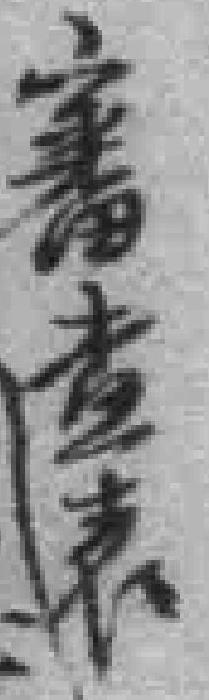
審查表